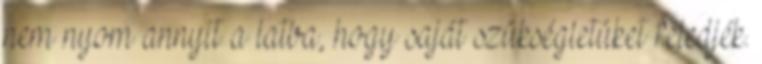
nem nyom annyit a latba, hogy saját szükségletüket feledjék.